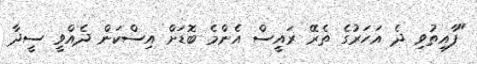
"ފާއިތުވި ދެ އަހަރުގެ ތެރޭ ރައީސް އެންމެ ބޮޑަށް އިސްކަން ދެއްވީ ސީދާ